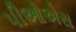
પીઓએસ